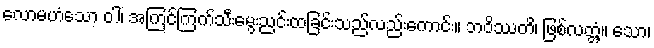
လောမဟံသော ဝါ၊ အကြင်ကြက်သီးမွေးညင်းထခြင်းသည်လည်းကောင်း။ ဘဝိဿတိ၊ ဖြစ်လတ္တံ့။ သော၊